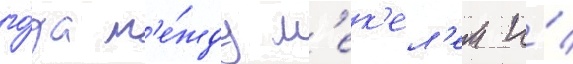
го́да м'е́жду м'ек'ел'ем и́